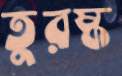
তুরষ্ক